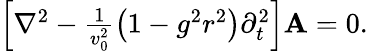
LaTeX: \begin{array}{r}{\left[\nabla^{2}-\frac{1}{v_{0}^{2}}\left(1-g^{2}r^{2}\right)\partial_{t}^{2}\right]{\mathbf A}=0.}\end{array}